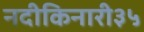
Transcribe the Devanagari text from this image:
नदीकिनारी३५